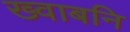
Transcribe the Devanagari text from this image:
ख्वाबनि